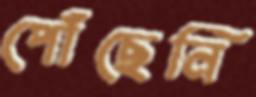
পোঁছেনি